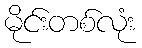
မိုင်းတစ်လုံး